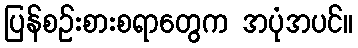
ပြန်စဉ်းစားစရာတွေက အပုံအပင်။